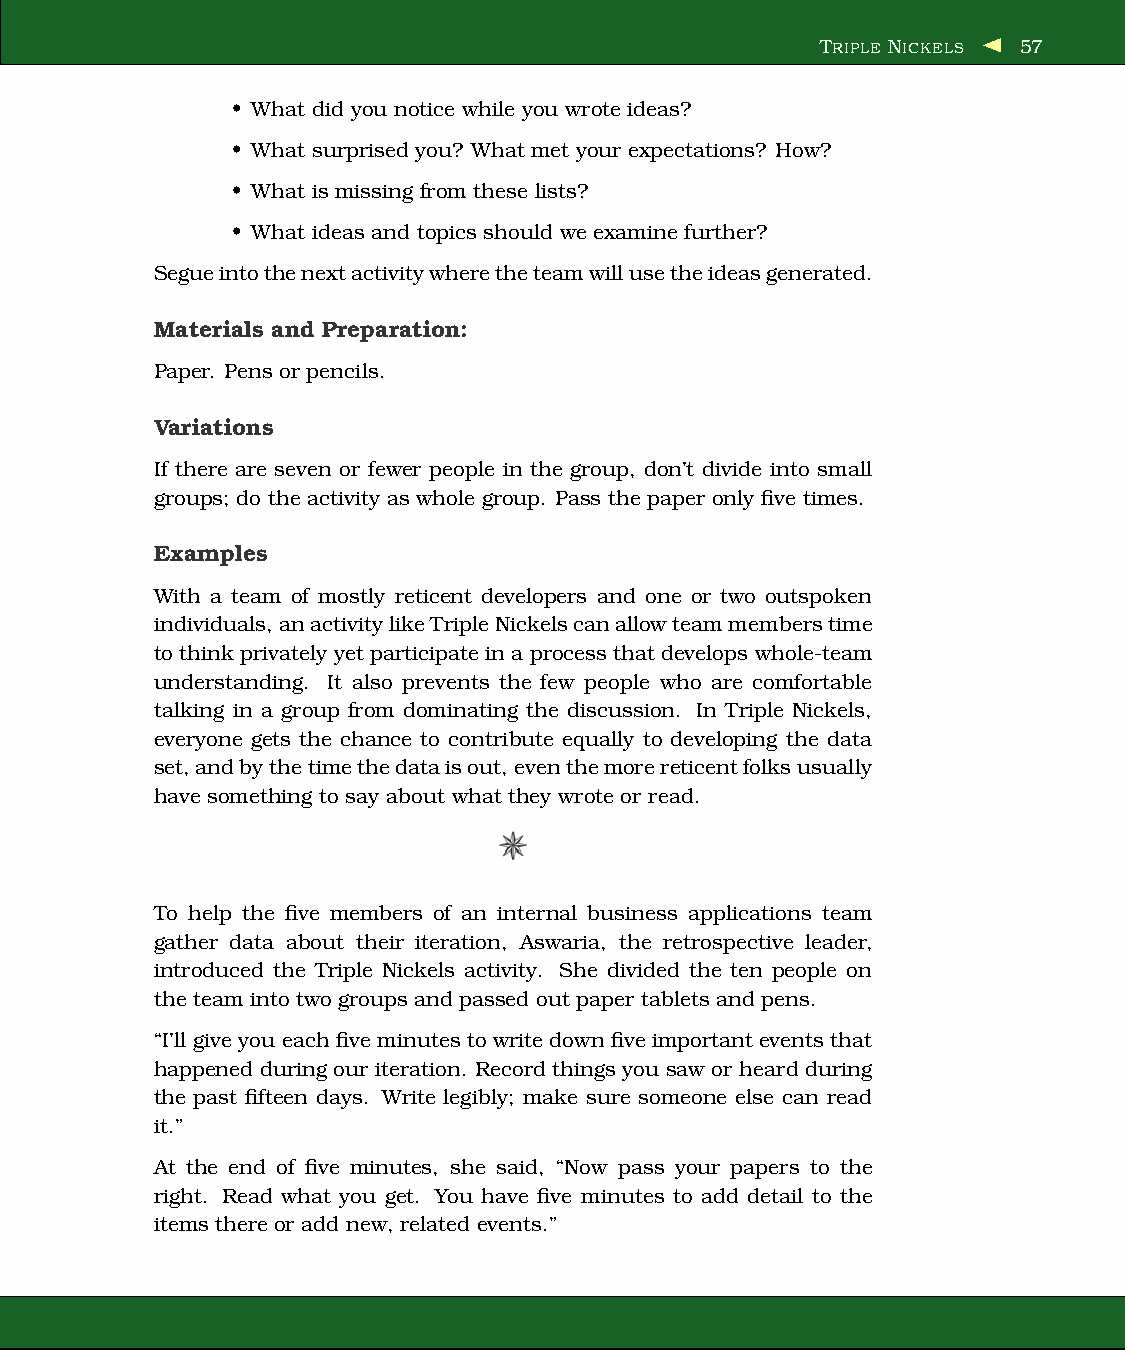
TRIPLE NICKELS 57
 • What did you notice while you wrote ideas?
 • What surprised you? What met your expectations? How?
 • What is missing fromthese lists?
 • What ideas and topics should we examine further?
 Segueintothenextactivitywheretheteamwillusetheideasgenerated.
 Materials and Preparation:
 Paper. Pens or pencils.
 Variations
 If there are seven or fewer people in the group, don’t divide into small
 groups; do the activity as whole group. Pass the paper only five times.
 Examples
 With a team of mostly reticent developers and one or two outspoken
 individuals,anactivitylikeTripleNickelscanallowteammemberstime
 tothink privately yet participate in a process thatdevelops whole-team
 understanding. It also prevents the few people who are comfortable
 talking in a group from dominating the discussion. In Triple Nickels,
 everyone gets the chance to contribute equally to developing the data
 set,andbythetimethedataisout,eventhemorereticentfolksusually
 have something to say about what they wroteor read.
 To help the five members of an internal business applications team
 gather data about their iteration, Aswaria, the retrospective leader,
 introduced the Triple Nickels activity. She divided the ten people on
 the team into two groups and passed out paper tablets and pens.
 “I’ll give you each five minutes to write down five important events that
 happened during our iteration. Record things you saw or heard during
 the past fifteen days. Write legibly; make sure someone else can read
 it.”
 At the end of five minutes, she said, “Now pass your papers to the
 right. Read what you get. You have five minutes to add detail to the
 items thereor add new, related events.”